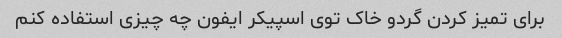
برای تمیز کردن گردو خاک توی اسپیکر ایفون چه چیزی استفاده کنم